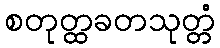
စတုတ္ထခတသုတ္တံ